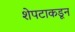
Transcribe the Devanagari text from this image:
शेपटाकडून